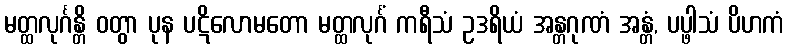
မတ္ထလုင်္ဂန္တိ ဝတွာ ပုန ပဋိလောမတော မတ္ထလုင်္ဂံ ကရီသံ ဥဒရိယံ အန္တဂုဏံ အန္တံ, ပပ္ဖါသံ ပိဟကံ